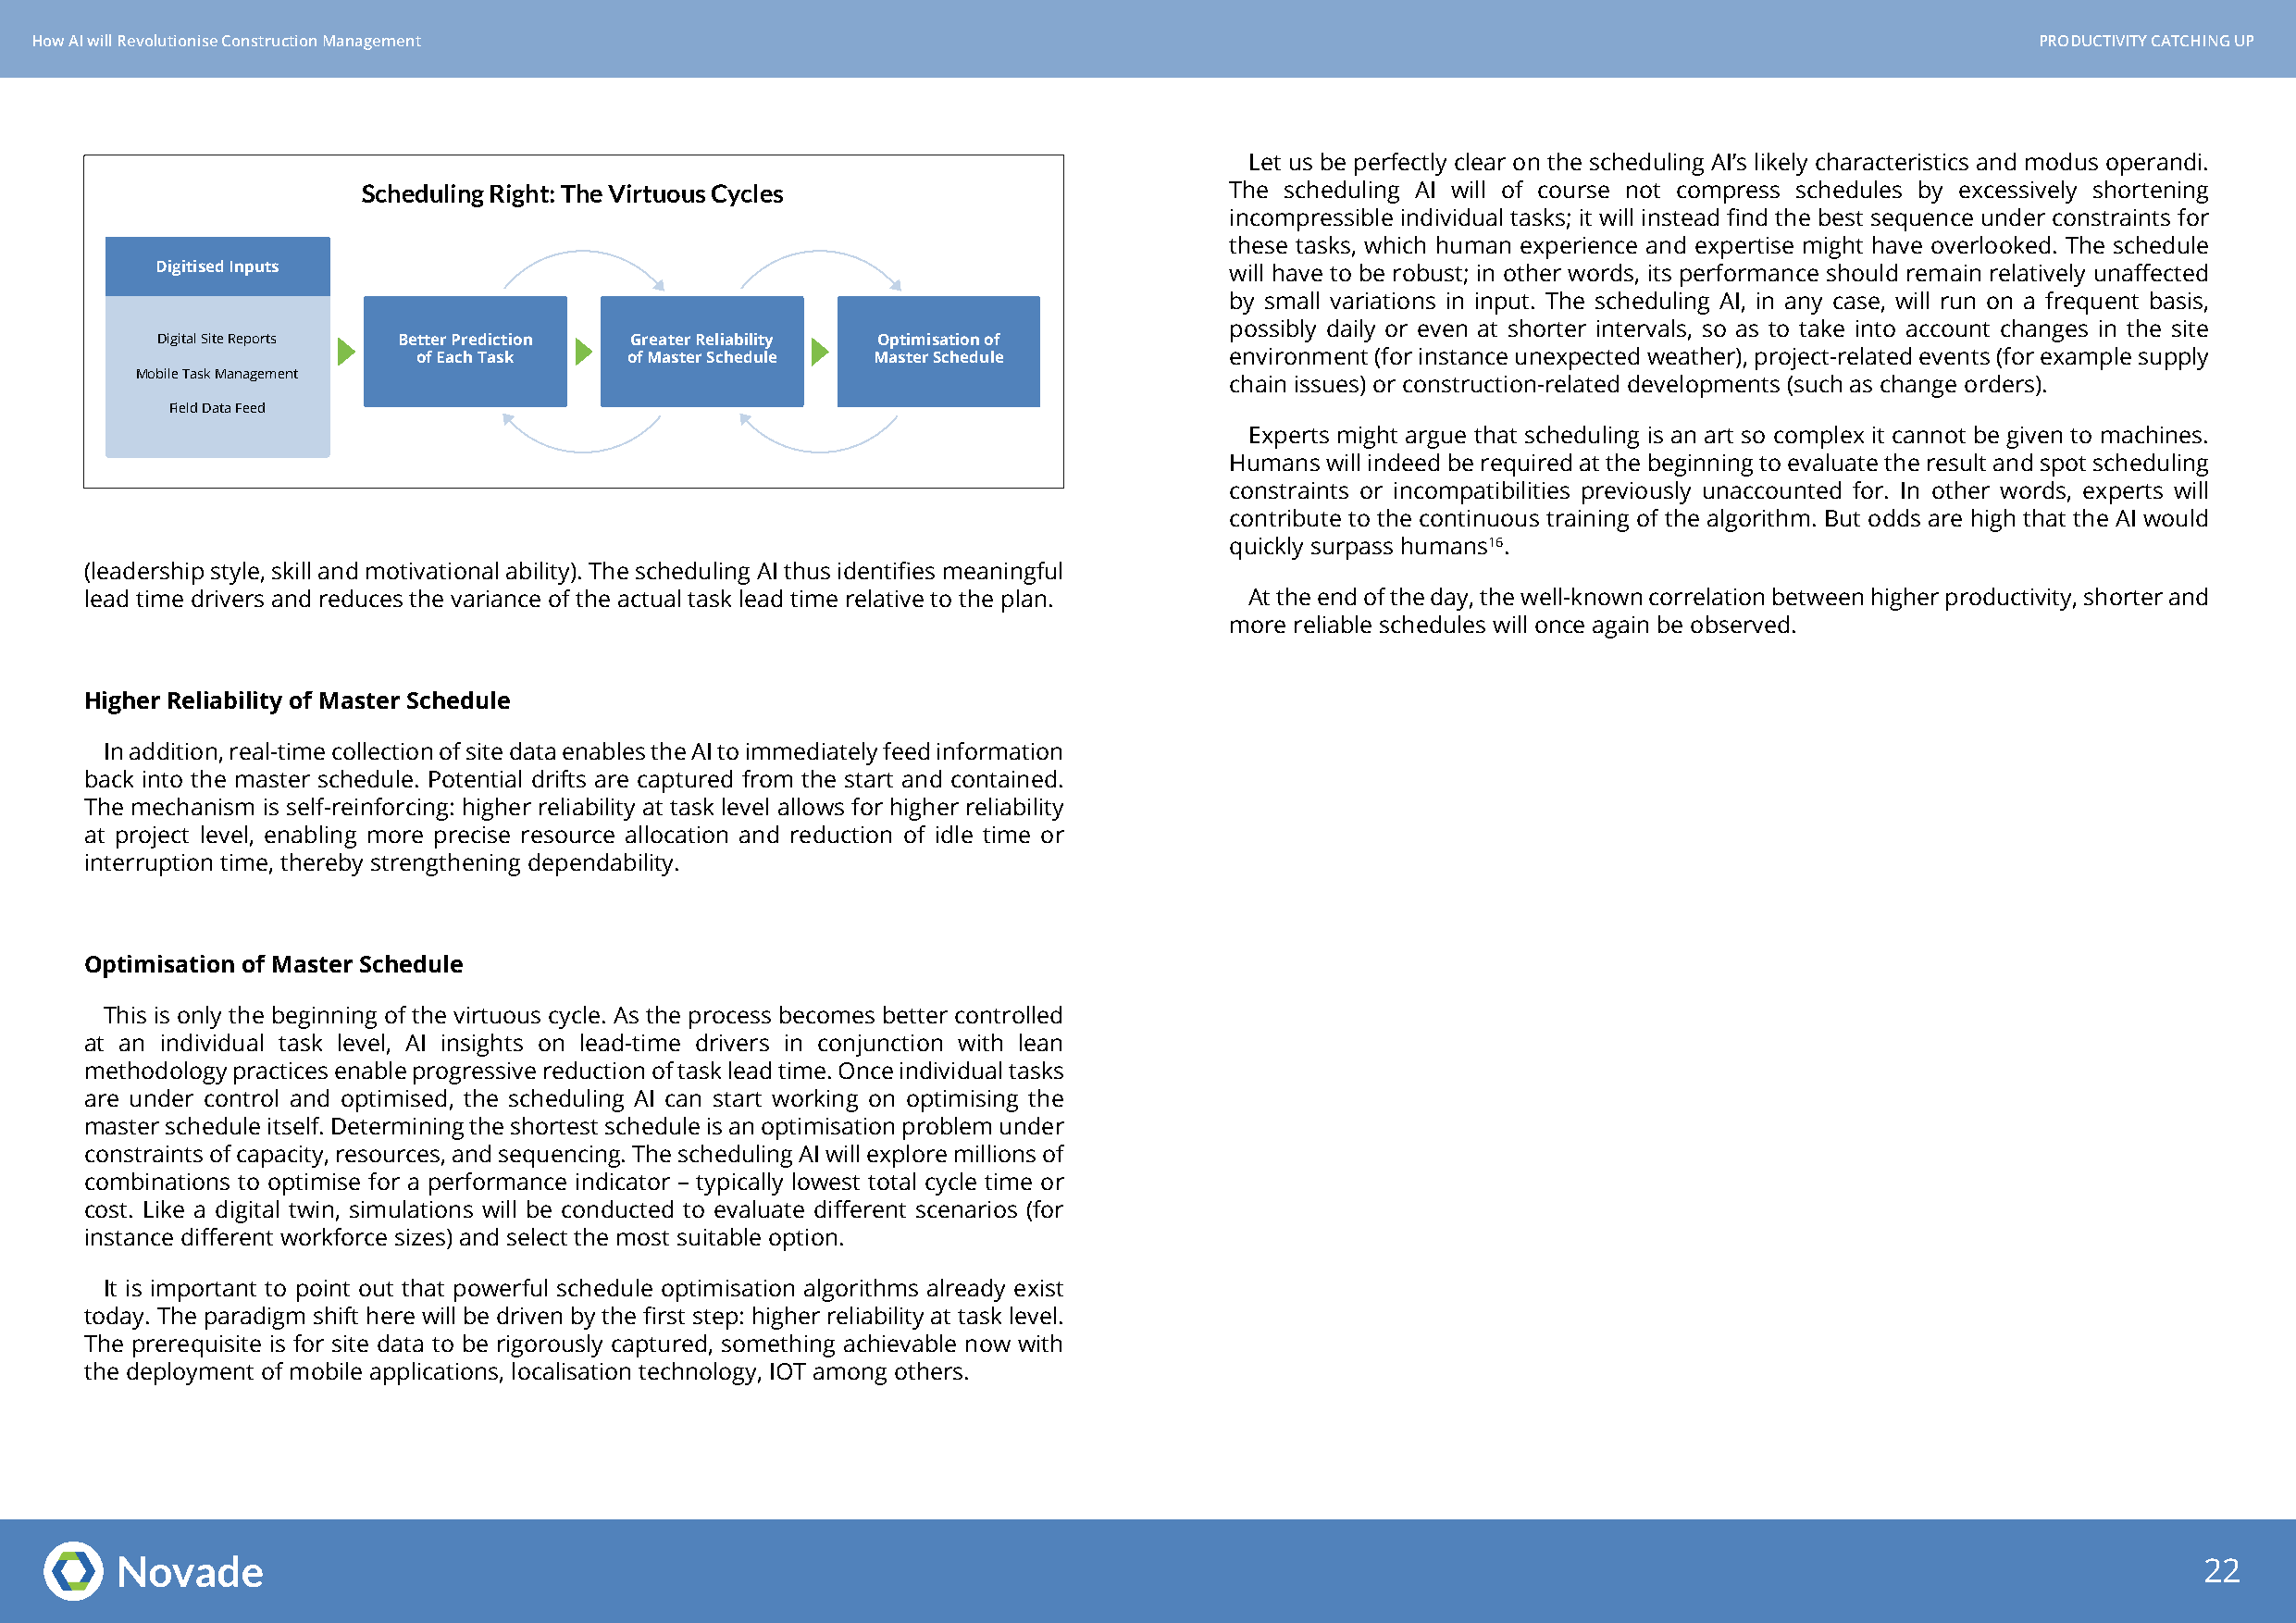
How AI will Revolutionise Construction Management                                                                                               PRODUCTIVITY CATCHING UP
 Let us be perfectly clear on the scheduling AI’s likely characteristics and modus operandi.
 Scheduling Right: The Virtuous Cycles                         The scheduling AI will of course not compress schedules by excessively shortening
 incompressible individual tasks; it will instead find the best sequence under constraints for
 these tasks, which human experience and expertise might have overlooked. The schedule
 Digitised Inputs                                                             will have to be robust; in other words, its performance should remain relatively unaffected
 by small variations in input. The scheduling AI, in any case, will run on a frequent basis,
 possibly daily or even at shorter intervals, so as to take into account changes in the site
 Digital Site Reports Better Prediction Greater Reliability Optimisation of
 of Each Task   of Master Schedule Master Schedule         environment (for instance unexpected weather), project-related events (for example supply
 Mobile Task Management
 chain issues) or construction-related developments (such as change orders).
 Field Data Feed
 Experts might argue that scheduling is an art so complex it cannot be given to machines.
 Humans will indeed be required at the beginning to evaluate the result and spot scheduling
 constraints or incompatibilities previously unaccounted for. In other words, experts will
 contribute to the continuous training of the algorithm. But odds are high that the AI would
 quickly surpass humans16.
 (leadership style, skill and motivational ability). The scheduling AI thus identifies meaningful
 lead time drivers and reduces the variance of the actual task lead time relative to the plan. At the end of the day, the well-known correlation between higher productivity, shorter and
 more reliable schedules will once again be observed.
 Higher Reliability of Master Schedule
 In addition, real-time collection of site data enables the AI to immediately feed information
 back into the master schedule. Potential drifts are captured from the start and contained.
 The mechanism is self-reinforcing: higher reliability at task level allows for higher reliability
 at project level, enabling more precise resource allocation and reduction of idle time or
 interruption time, thereby strengthening dependability.
 Optimisation of Master Schedule
 This is only the beginning of the virtuous cycle. As the process becomes better controlled
 at an individual task level, AI insights on lead-time drivers in conjunction with lean
 methodology practices enable progressive reduction of task lead time. Once individual tasks
 are under control and optimised, the scheduling AI can start working on optimising the
 master schedule itself. Determining the shortest schedule is an optimisation problem under
 constraints of capacity, resources, and sequencing. The scheduling AI will explore millions of
 combinations to optimise for a performance indicator – typically lowest total cycle time or
 cost. Like a digital twin, simulations will be conducted to evaluate different scenarios (for
 instance different workforce sizes) and select the most suitable option.
 It is important to point out that powerful schedule optimisation algorithms already exist
 today. The paradigm shift here will be driven by the first step: higher reliability at task level.
 The prerequisite is for site data to be rigorously captured, something achievable now with
 the deployment of mobile applications, localisation technology, IOT among others.
 22